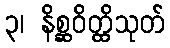
၃၊ နိစ္ဆဝိတ္ထိသုတ်